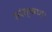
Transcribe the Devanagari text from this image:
सरंक्षण।